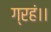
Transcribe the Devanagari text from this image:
ग्रहं।।